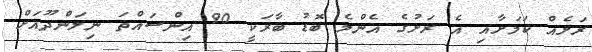
ރަށެއް ކަމަށާއި އެ ރަށުގެ އެންމެ ބޮޑު ބާރަކީ 90 އިންސައްތަ ނިލަންދޫއަށް